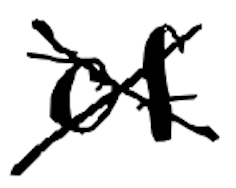
Text: of
Cross-out: mix
Writing tool: digital_black